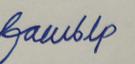
Signature authenticity: forged